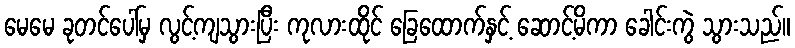
မေမေ ခုတင်ပေါ်မှ လွင့်ကျသွားပြီး ကုလားထိုင် ခြေထောက်နှင့် ဆောင့်မိကာ ခေါင်းကွဲ သွားသည်။